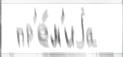
 пр'е́м'иjа